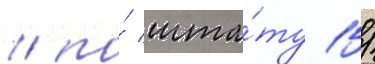
/ по́ шта́ту 15/